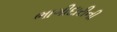
ભાગીદારીની